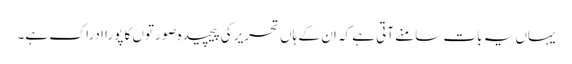
یہاں یہ بات سامنے آتی ہے کہ ان کے ہاں تحریر کی پیچیدہ صورتوں کا پورا ادراک ہے۔